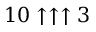
1 0 \uparrow \uparrow \uparrow 3